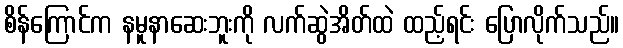
စိန်ကြောင်က နမူနာဆေးဘူးကို လက်ဆွဲအိတ်ထဲ ထည့်ရင်း ပြောလိုက်သည်။